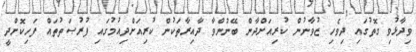
ވިދާޅުވި ގޮތުގައި ދިވެހި ޒުވާނުން ކުރިއަށްދާން ބޭނުންވާ ދާއިރާތަކުން ކުރިއަށްދިއުމުގައި ފުރުޞަތުތައް ފަހިކޮށްދީ